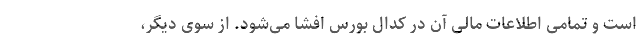
است و تمامی اطلاعات مالی آن در کدال بورس افشا می‌شود. از سوی دیگر،